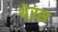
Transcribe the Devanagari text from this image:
थे्रस